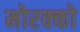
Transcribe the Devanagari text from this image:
मोरक्‍को